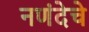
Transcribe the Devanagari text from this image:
नणंदेचे